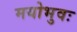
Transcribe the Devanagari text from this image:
मयोभुवः